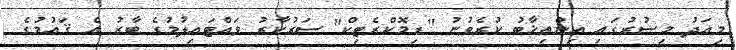
މިއަދު މިޞުރުގައި އިންތިޚާބު ކުރެވުނު "ޑިމޮކްރެޓިކް" ސަރުކާރު ވައްޓައިލުމުގެ ބާރު އެ ޤައުމުގެ